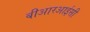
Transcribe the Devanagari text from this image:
बीआरआईसी